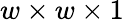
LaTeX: w\times w\times 1